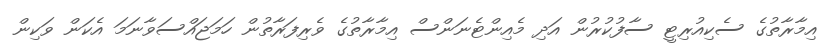
އިމާރާތުގެ ސެކިއުރިޓީ ސާފުކުރުން އަދި މެއިންޓެނަންސް އިމާރާތުގެ ވެރިފަރާތުން ހަމަޖައްސަވާނަމަ އެކަން ވަކިން